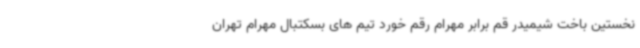
نخستین باخت شیمیدر قم برابر مهرام رقم خورد تیم های بسکتبال مهرام تهران